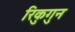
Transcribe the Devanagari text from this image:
रिकुगुन